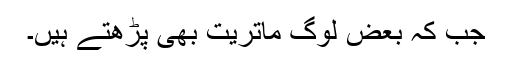
جب کہ بعض لوگ ماتریت بھی پڑھتے ہیں۔